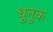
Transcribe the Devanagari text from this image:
धुनुक